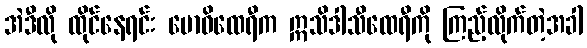
အဲဒီလို ထိုင်နေရင်း ဗောဓိထေရီက ဣသိဒါသီထေရီကို ကြည့်လိုက်တဲ့အခါ